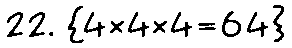
22. {4×4×4=64}